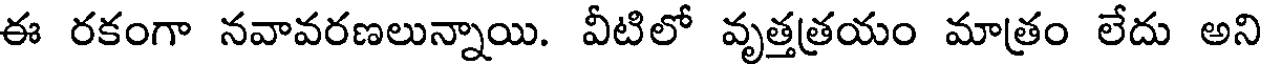
ఈ రకంగా నవావరణలున్నాయి. వీటిలో వృత్తత్రయం మాత్రం లేదు అని